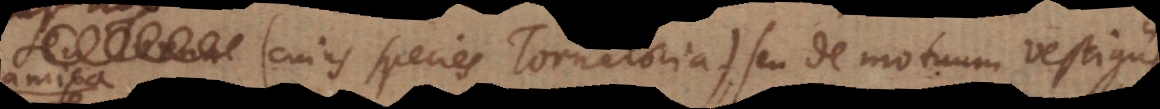
seu Torna species Tornatoria), seu de motuum vestigii